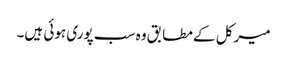
میرکل کے مطابق وہ سب پوری ہوئی ہیں۔